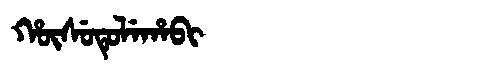
Manchu: ᡥᡡᠰᡠᡨᡠᠯᡝᡥᠠᠪᡳ
Romanization: HŪSUTULEHABI